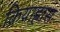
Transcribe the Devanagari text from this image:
क्रियाह्रास